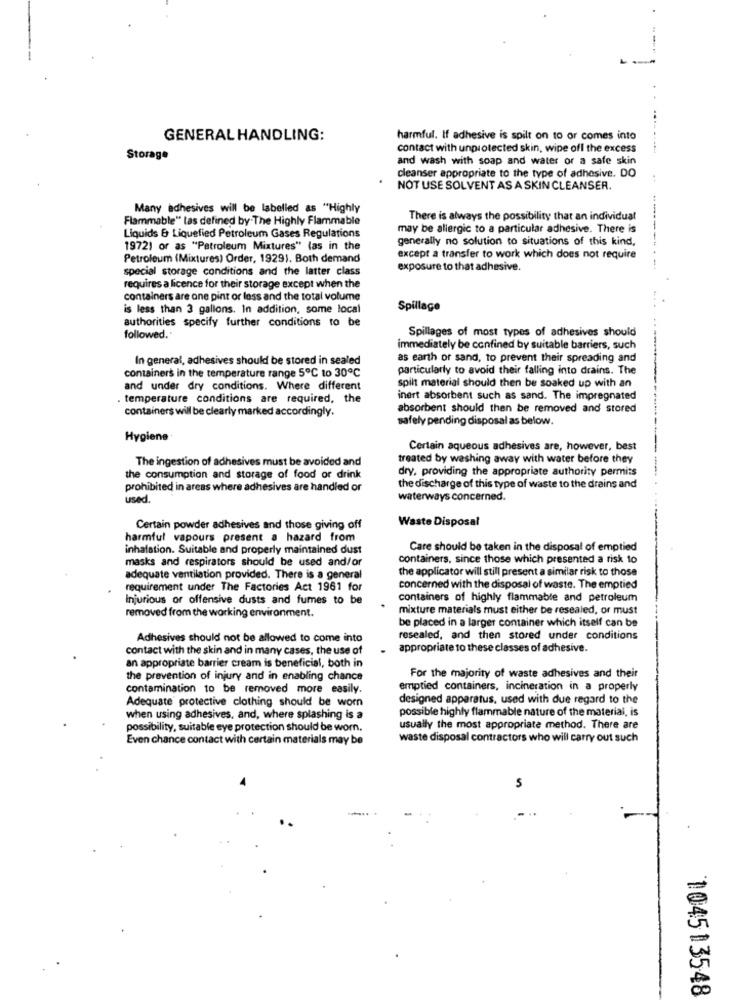
GENERAL HANDLING:
harmful. If adhesive is spilt on to or comes into
contact with unprotected skin, wipe off the excess
Storage
and wash with soap and water or a safe skin
cleanser appropriate to the type of adhesive. DO
NOT USE SOLVENT AS A SKIN CLEANSER.
Many adhesives will be labelled as "Highly
Flammable" tas defined by.The Highly Flammable
There is always the possibility that an individual
may be allergic to a particular adhesive. There is
Liquids & Liquefied Petroleum Gases Regulations
generally no solution to situations of this kind,
---
19721 or as "Petroleum Mixtures" (as in the
Petroleum (Mixtures) Order, 1929). Both demand
except a transfer to work which does not require
special storage conditions and the latter class
exposure to that adhesive.
requires a licence for their storage except when the
containers are one pint or less and the total volume
is less than 3 gallons. In addition, some local
Spillage
authorities specify further conditions to be
Spillages of most types of adhesives should
followed.'
immediately be confined by suitable barriers, such
In general, adhesives should be stored in sealed
as earth or sand, to prevent their spreading and
containers in the temperature range 5℃ to 30℃
particularly to avoid their falling into drains. The
and under dry conditions. Where different
spilt material should then be soaked up with an
. temperature conditions are required, the
inert absorbent such as sand. The impregnated
containers will be clearly marked accordingly.
absorbent should then be removed and stored
safely pending disposal as below.
Hygiene
Certain aqueous adhesives are, however, best
The ingestion of adhesives must be avoided and
treated by washing away with water before they
dry, providing the appropriate authority permits
the consumption and storage of food or drink
prohibited in areas where adhesives are handled or
the discharge of this type of waste to the drains and
used.
waterways concerned.
Waste Disposal
Certain powder adhesives and those giving off
harmful vapours present a hazard from
inhalation. Suitable and properly maintained dust
Care should be taken in the disposal of emptied
masks and respirators should be used and/or
containers, since those which presented a risk to
the applicator will still present a similar risk to those
adequate ventilation provided. There is a general
requirement under The Factories Act 1961 for
concerned with the disposal of waste. The emptied
Injurious or offensive dusts and fumes to be
containers of highly flammable and petroleum
mixture materials must either be resealed, or must
removed from the working environment.
be placed in a larger container which itself can be
Adhesives should not be allowed to come into
resealed, and then stored under conditions
contact with the skin and in many cases, the use of
appropriate to these classes of adhesive.
an appropriate barrier cream is beneficial, both in
the prevention of injury and in enabling chance
For the majority of waste adhesives and their
contamination to be removed more easily.
emptied containers, incineration in a properly
Adequate protective clothing should be worn
designed apparatus, used with due regard to the
possible highly flammable nature of the material, is
when using adhesives, and, where splashing is a
possibility, suitable eye protection should be worn.
usually the most appropriate method. There are
Even chance contact with certain materials may be
waste disposal contractors who will carry out such
104513548